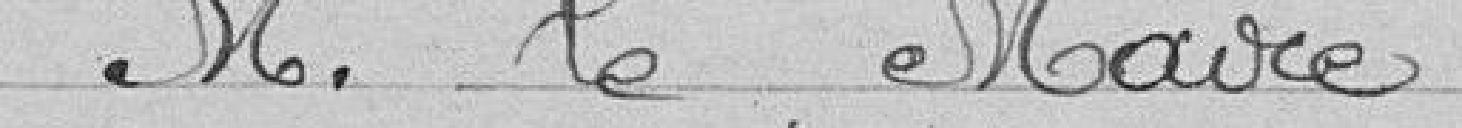
" M. le Maire,